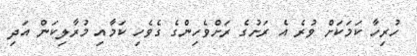
ހުރިހާ ކަމަކަށް ވުރެ އެ ރަށުގެ ރަށްވެހިންގެ ގެވެހި ކަމާއި މުރާލިކަން އަދި